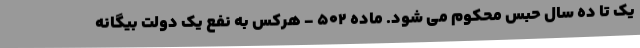
یک تا ده سال ‌حبس محکوم می ‌شود. ماده 502 - هرکس به نفع یک دولت بیگانه